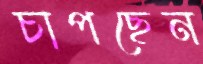
চাপছেন